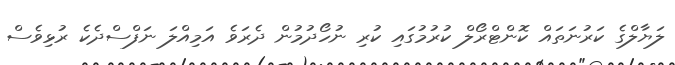
ލަޔާލްގެ ކަރުނަތައް ކޮންޓްރޯލް ކުރުމުގައި ކުރި ނުހޯދުމުން ދެރަވެ އަމިއްލަ ނަފްސްދެކެ ރުޅިވެސް